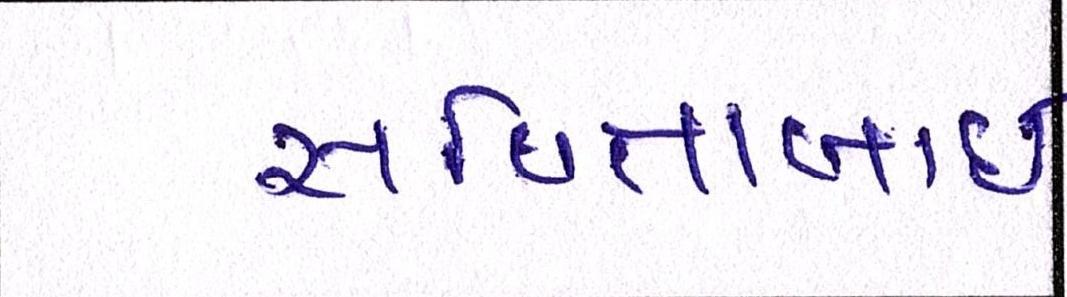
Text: સવિતાબાઇ